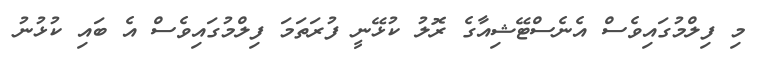
މި ފިލްމުގައިވެސް އެނެސްޓޭޝިއާގެ ރޮލު ކުޅޭނީ ފުރަތަމަ ފިލްމުގައިވެސް އެ ބައި ކުޅުނު